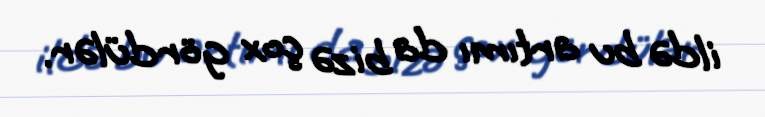
ildə bu artımı da bizə çox gördülər.